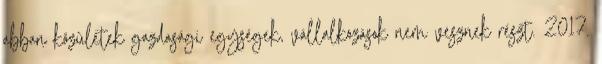
abban közületek gazdasági egységek, vállalkozások nem vesznek részt. 2017.